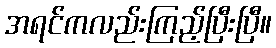
အရင်ကလည်းကြည့်ပြီးပြီ။